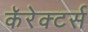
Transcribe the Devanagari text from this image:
कॅरेक्टर्स